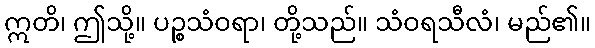
ဣတိ၊ ဤသို့။ ပဉ္စသံဝရာ၊ တို့သည်။ သံဝရသီလံ၊ မည်၏။